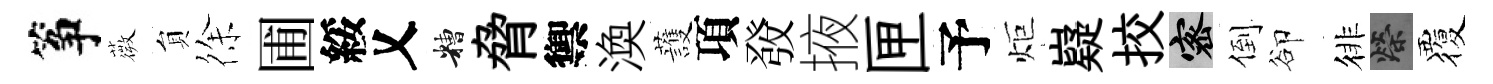
筝薇貟徐圃綏乂糟脅禦渙䕶項𤼲掖匣予炬嶷挍密倒卻徘榮覆